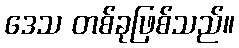
ဒေသ တစ်ခုဖြစ်သည်။